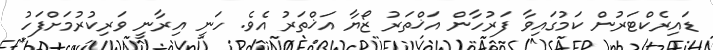
ޑައިރެކްޓަރުން ކަމުގައިވާ ފަރުހާން އަޚްތަރު ޒޯޔާ އަޚްތަރު އެވެ. ހަނީ އިރާނީ ވަރިކުރުމަށްފަހު